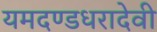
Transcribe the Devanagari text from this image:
यमदण्डधरादेवी